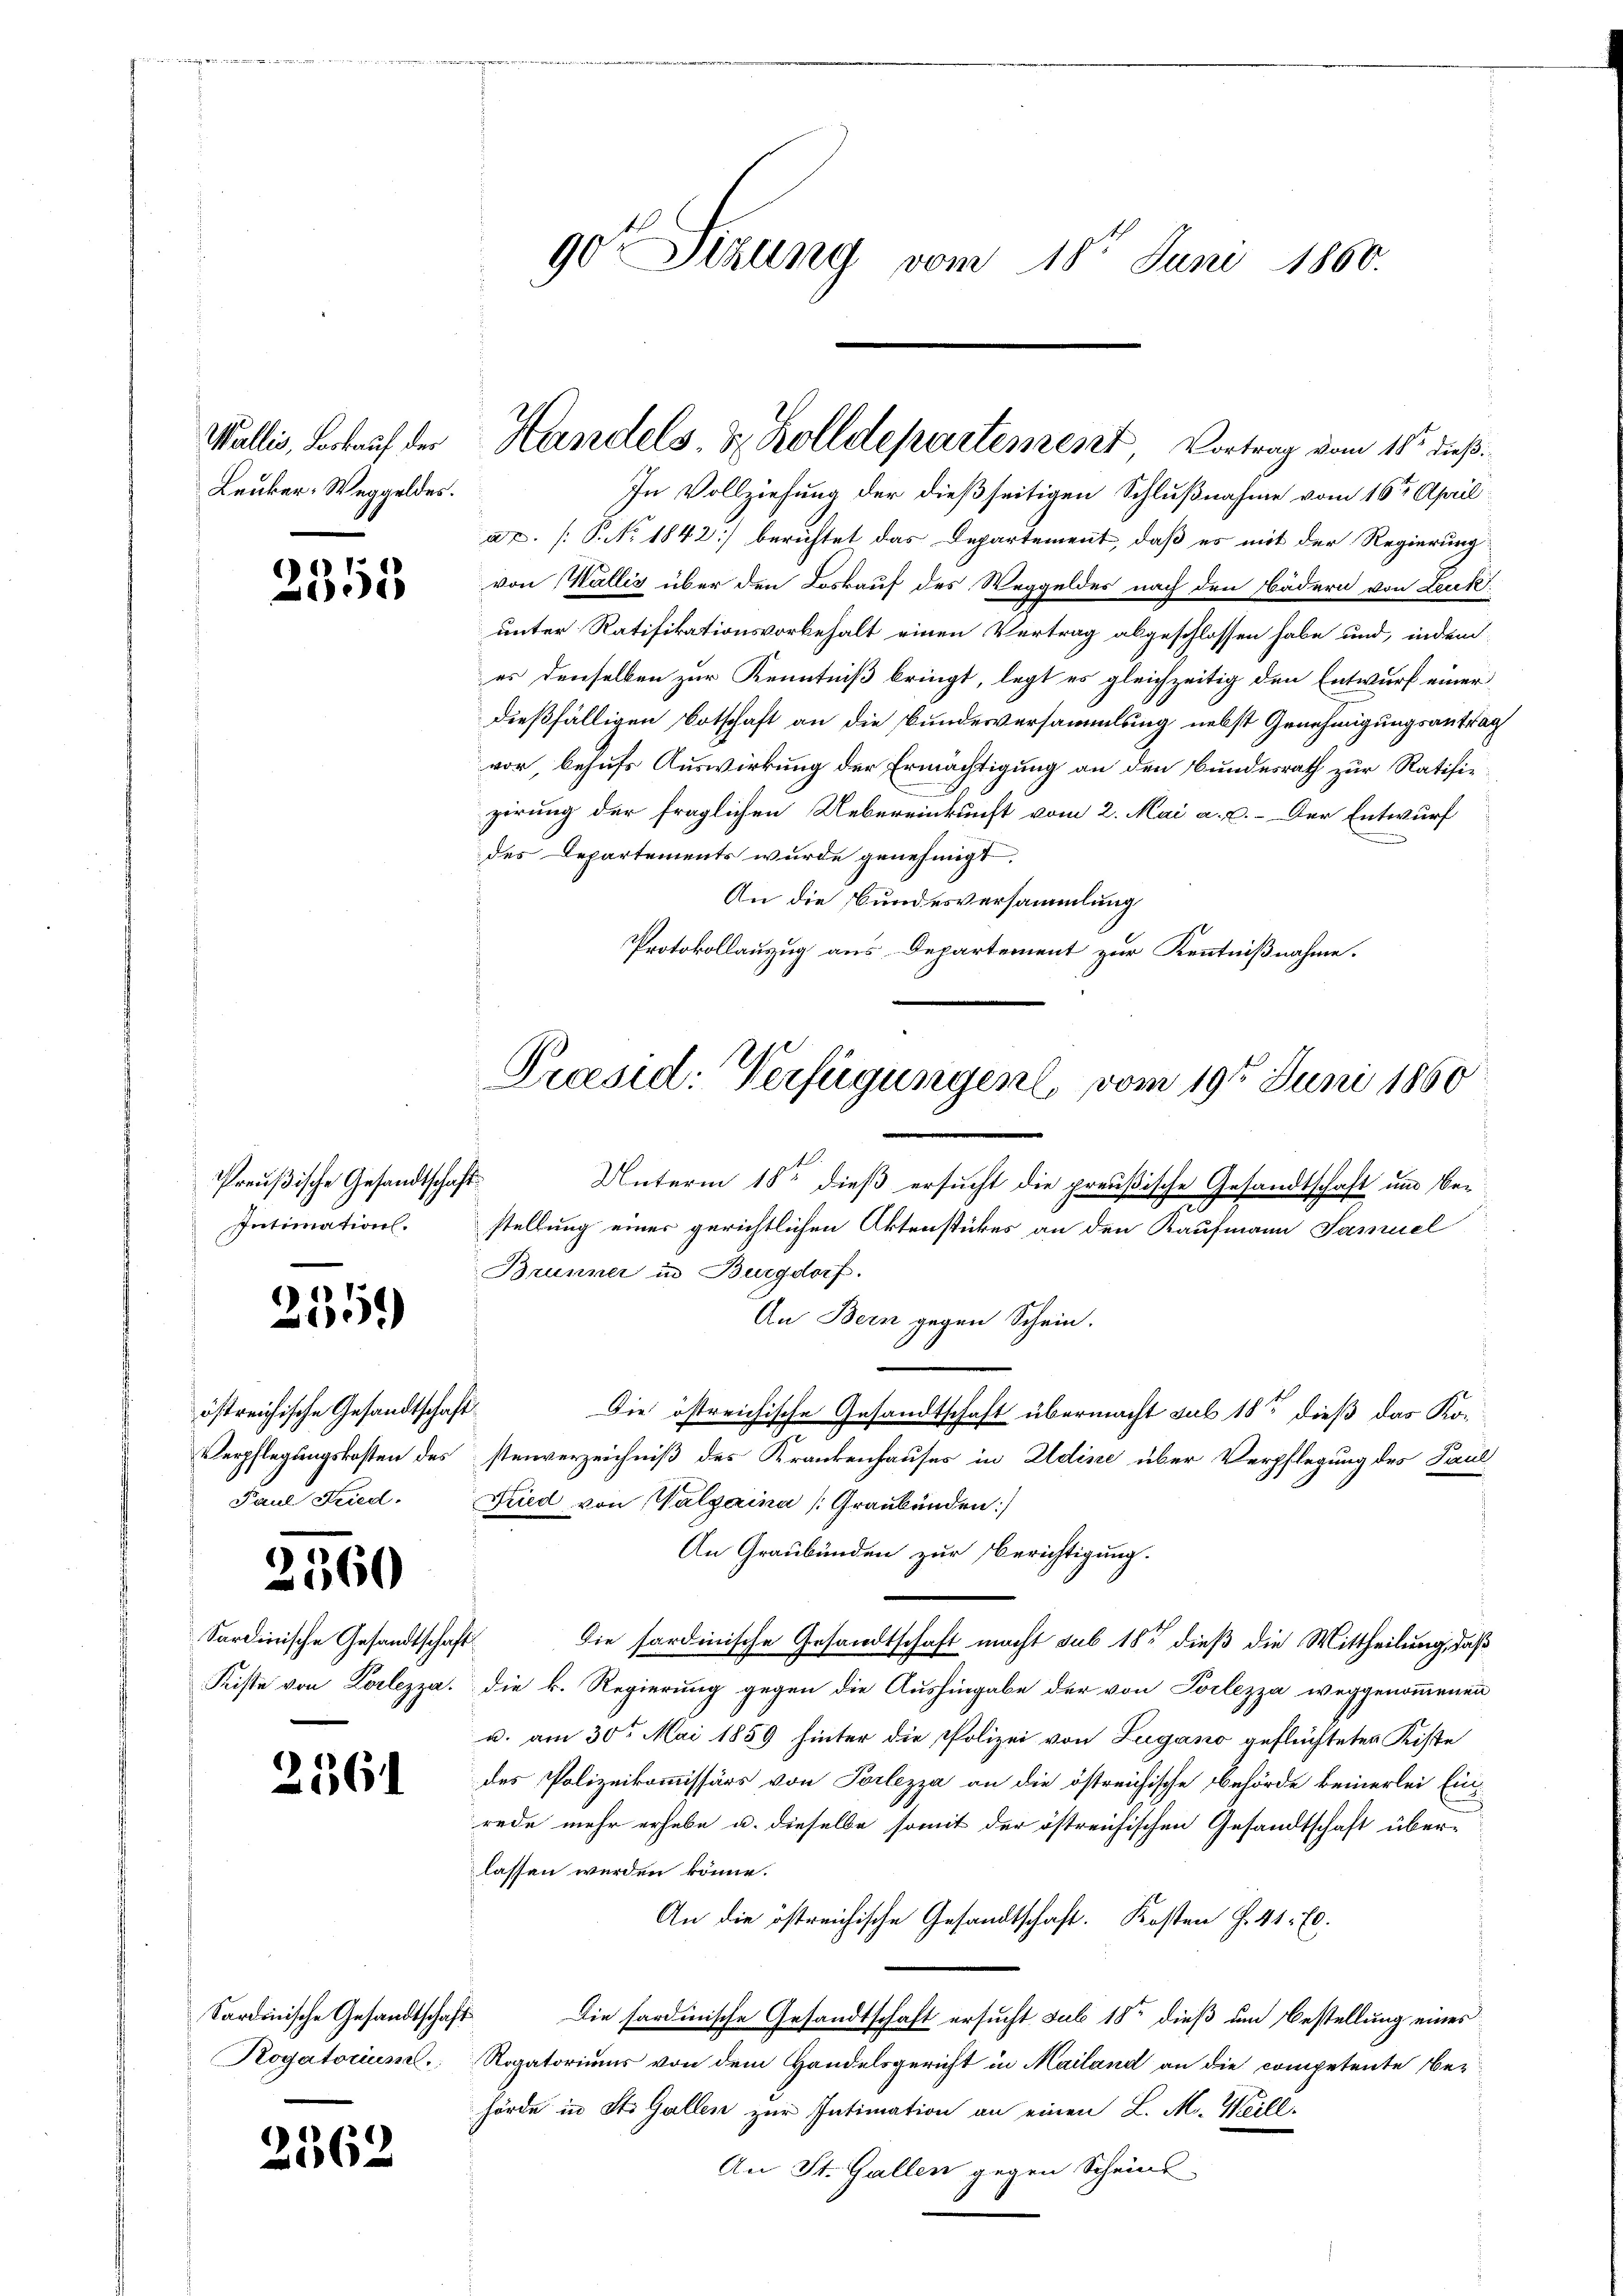
Lauker-Weggeldes.

2355

255)

östreichische Gesandtschaf
Verpflegungskosten des
Paul Fried.

2360

Sardinische Gesandtschaf
Fiste von Korlezza.

2561

Sardinische Gesandtschaft
Rogatorum.

2562

90 Sitzung vom 18t Juni 1860.

a. P. No. 1842) berichtet das Departement, daß es mit der Regierung
von Wallis über den Loskauf des Weggeldes nach den Bädern von Leuk
unter Ratifikationsvorbehalt einen Vertrag abgeschlossen habe und, indem
es denselben zur Kenntniß bringt, legt es gleichzeitig den Entwurf einer
dießfälligen Botschaft an die Bundesversammlung nebst Genehmigungsantrag
vor, behufs Auswirkung der Ermächtigung an den Bundesrath zur Ratifiezirung der fraglichen Uebereinkunft vom 2. Mai a. c. - Der Entwurf
des Departements wurde genehmigt,
An die Bundesversammlung
Protokollauszug aus Departement zur Kenntnißnahme.

Preußische Gesandtschaft
Intimation.

Wallis, Brkauf der Handels- & Zolldepartement Vortrag vom 18. dieß
In Vollziehung der dießseitigen Schlußnahme vom 16ten April

Praesid: Verfügungen, vom 19ten Juni 1860
Unterm 18ten dieß ersucht die preußische Gesandtschaft und be¬

stellung einer gerichtlichen Aktenstückes an den Kaufmann Samuel
Brunner in Burgdorf.
An Bern gegen Schein.
.
Die östreichische Gesandtschaft übermacht sub 18ten dieß das Ko-
stenverzeichniß des Krankenhauses in Aldine über Verpflegung des Paul
Fried von Walzerina (Graubünden:/
An Graubünden zur Berichtigung.
1
Die fordinische Gesandtschaft macht sub 18 dieß die Mittheilung, daß
die k. Regierung gegen die Aushingabe der von Poclezza weggenommenen
u. am 30t Mai 1859 hinter die Polizei von Zugano geflüchteten Kiste
des Polizeikommissärs von Porlezza an die östreichische Behörde keinerlei Einrede mehr erhebe u. dieselbe somit der östreichischen Gesandtschaft über-
lassen werden könne.
An die östreichische Gesandtschaft. Kosten f. 41. 70.
Die fordinische Gesandtschaft ersucht sub 18ten dieß um Bestellung eines
Rogatoriums von dem Handelsgericht in Mailand an die competente Behörde in St. Gallen zur Intimation an einen L. M. Weill.
An St. Gallen gegen Scheins